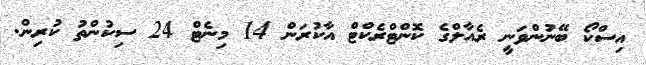
އިސްކޯ ބޭނުންވަނީ ރެއާލްގެ ކޮންޓްރެކްޓް އާކުރަން 14 މިނެޓް 24 ސިކުންތު ކުރިން.